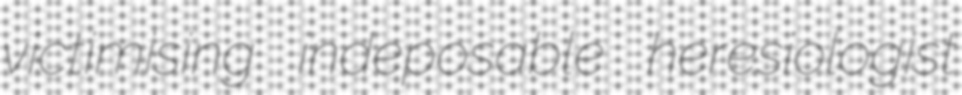
victimising indeposable heresiologist